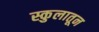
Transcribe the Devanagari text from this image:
स्कुलातून